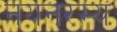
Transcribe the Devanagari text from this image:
नयनरम्‍य